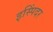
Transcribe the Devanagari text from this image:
इस्पिंदर